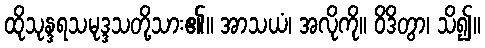
ထိုသုန္ဒရသမုဒ္ဒသတို့သား၏။ အာသယံ၊ အလိုကို။ ဝိဒိတွာ၊ သိ၍။